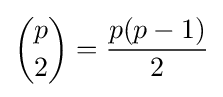
{\binom {p}{2}}={\frac {p(p-1)}{2}}